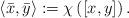
LaTeX: \begin{align*}\langle \bar{x},\bar{y}\rangle:=\chi\left([x,y]\right).\end{align*}